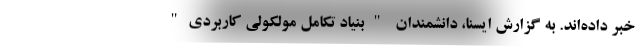
خبر داده‌اند. به گزارش ایسنا، دانشمندان "بنیاد تکامل مولکولی کاربردی"